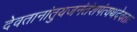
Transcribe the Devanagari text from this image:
देवतानांतुयजनंतंशपंत्यथदेवताः